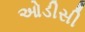
ઓડીસી